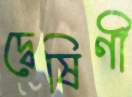
দ্বেষিণী